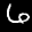
Label: 6